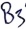
Text: B3